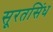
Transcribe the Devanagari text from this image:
सूरतसिंध